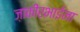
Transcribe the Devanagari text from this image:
ज़ाकीरभाईंना